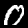
Label: 0